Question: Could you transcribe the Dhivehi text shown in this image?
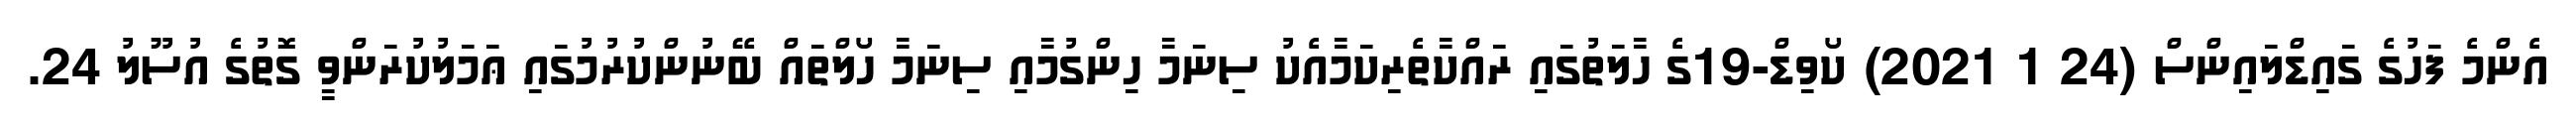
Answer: އެންމެ ފަހުގެ ގައިޑްލައިންސް (24 1 2021) ކޯވިޑް-19ގެ ހާލަތުގައި ރައްކާތެރިކަމާއެކު ސިނަމާ ހިންގުމާއި ސިނަމާ ހޯލްތައް ބޭނުންކުރުމުގައި ޢަމަލުކުރަންވީ ގޮތުގެ އުސޫލު 24.